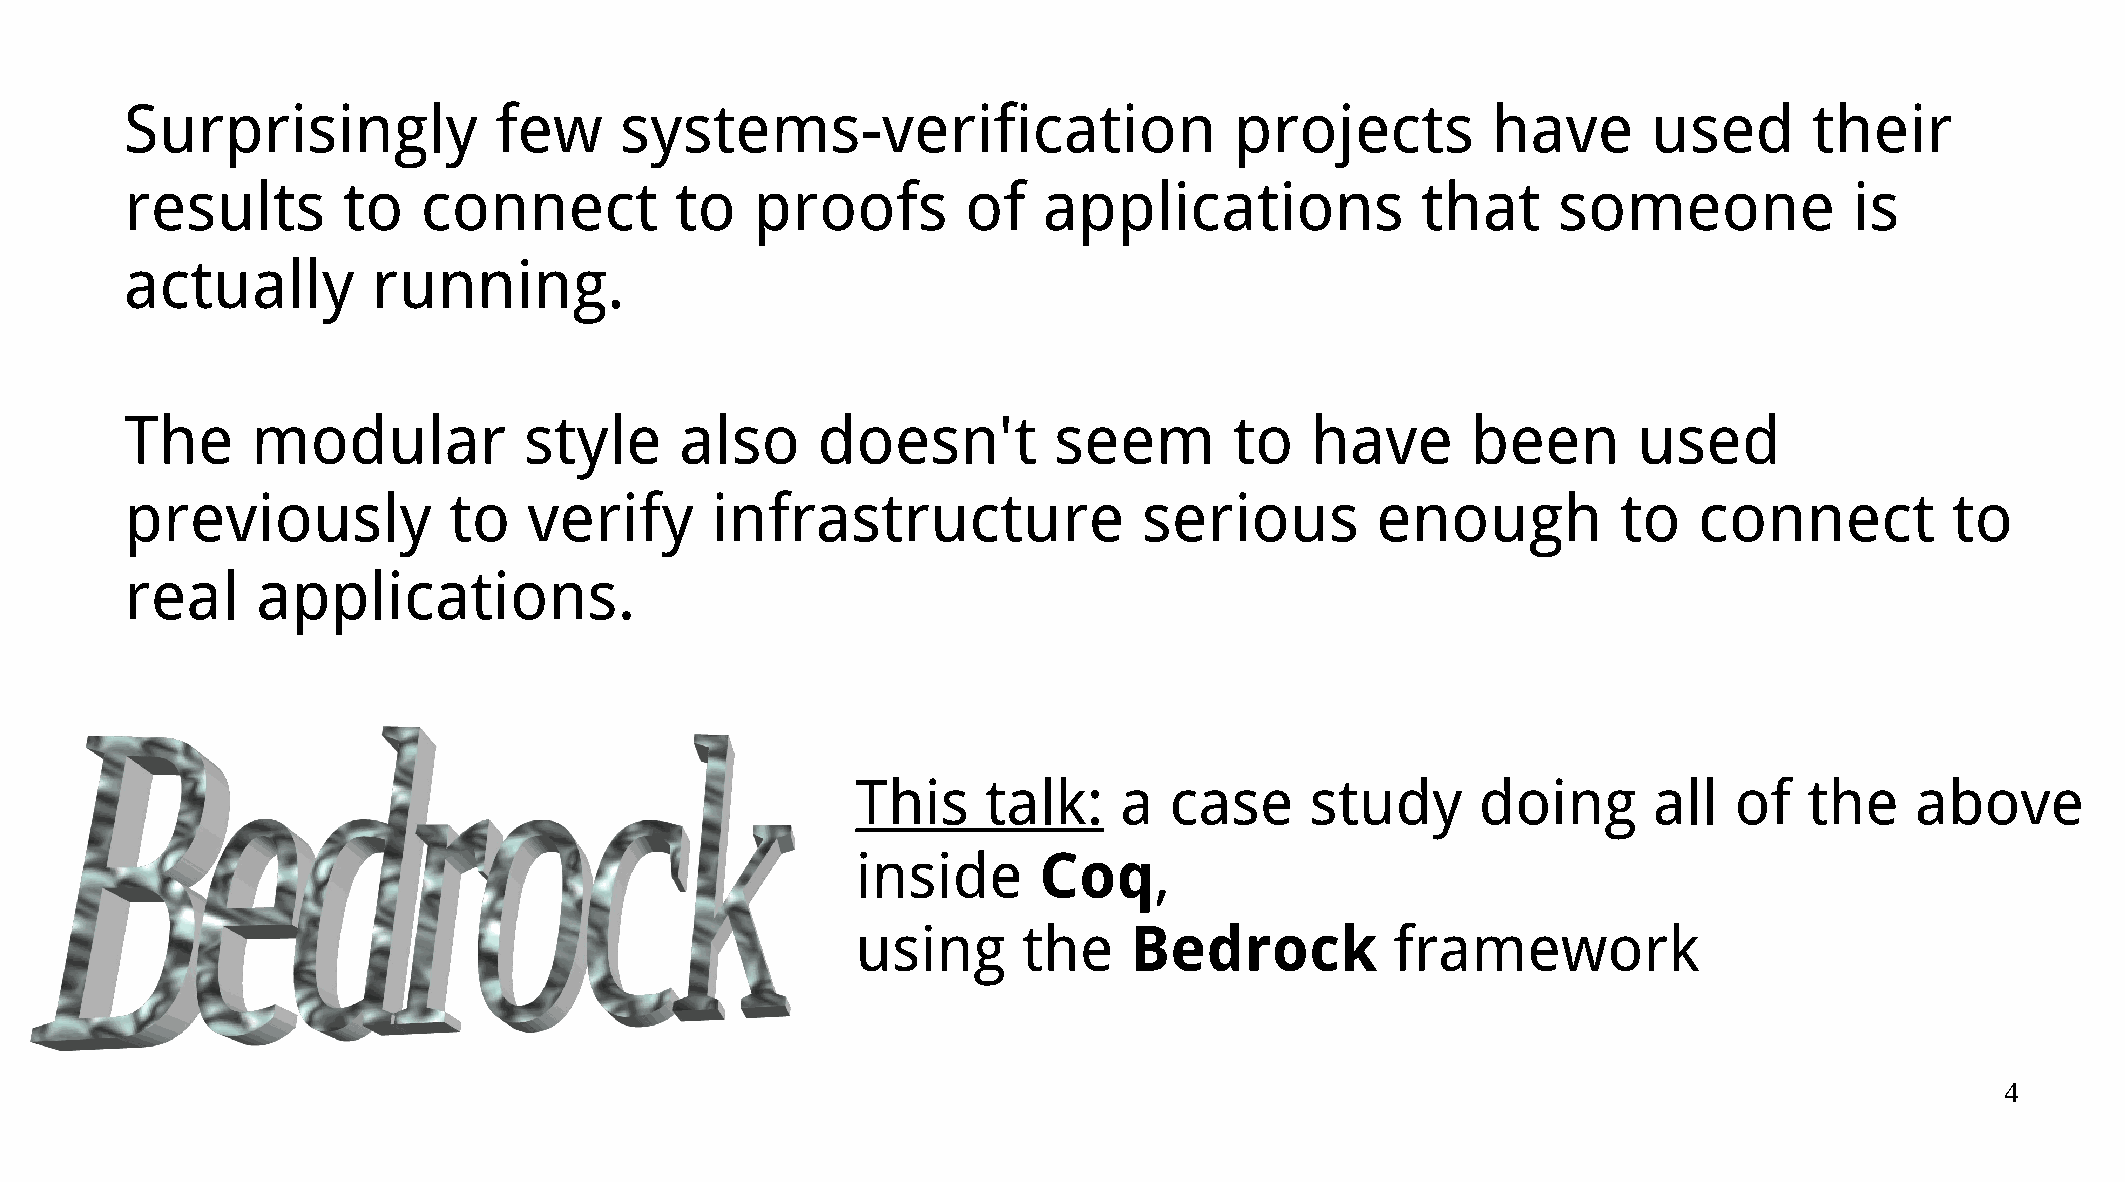
Surprisingly             few     systems-verification                     projects         have      used       their
 results        to   connect          to   proofs        of   applications             that     someone             is
 actually         running.
 The      modular           style     also     doesn't         seem        to   have      been       used
 previously            to   verify      infrastructure               serious        enough          to   connect          to
 real     applications.
 This    talk:    a  case      study      doing      all   of   the    above
 inside      Coq,
 using      the    Bedrock          framework
 4